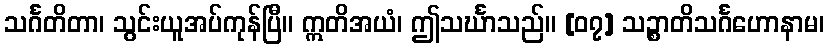
သင်္ဂတိတာ၊ သွင်းယူအပ်ကုန်ပြီ။ ဣတိအယံ၊ ဤသင်္ဃာသည်။ [၀၇] သဉ္စာတိသင်္ဂဟောနာမ၊